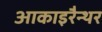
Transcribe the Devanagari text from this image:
आकाइरैन्थर